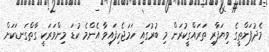
މެދުފަންތީގެ ވިޔަފާރި ތަރައްގީކުރަން މި ބުރުގައި ހަމަޖެހިފައިވާ އެންމެ ކުޑަ މިންވަރަކީ ގާތްގަނޑަކަށް